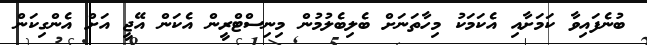
ބުނެފައިވާ ކަމަށާއި އެކަމަކު މިހާތަނަށް ބެލިބެލުމުން މިނިސްޓްރީން އެކަން އޭޖީ އަށް އެންގިކަން